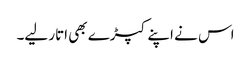
اس نے اپنے کپڑے بھی اتار لیے۔